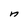
Character: n